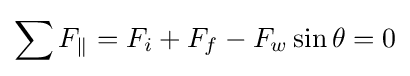
\sum F_{\|}=F_{i}+F_{f}-F_{w}\sin \theta =0